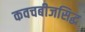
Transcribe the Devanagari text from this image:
कवचबीजसिद्ध